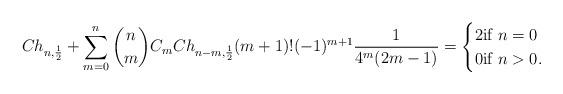
LaTeX: \begin{align*}Ch_{n,\frac{1}{2}} + \sum_{m=0}^n {n \choose m} C_m Ch_{n-m, \frac{1}{2}} (m+1)!(-1)^{m+1}\frac{1}{4^m(2m-1)} = \begin{cases}2 \textnormal{if} \,\,n=0\\0 \textnormal{if} \,\,n >0.\end{cases}\end{align*}